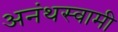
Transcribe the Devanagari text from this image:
अनंथस्वामी